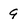
Character: 9